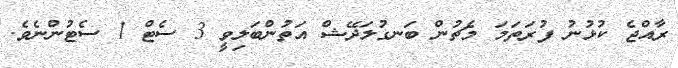
ރާއްޖެ ކުޅުނު ފުރަތަމަ މެޗުން ބަނގުލަދޭޝް އަތުންބަލިވީ 3 ސެޓް 1 ސެޓުންނެވެ.